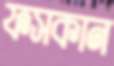
ফসকান